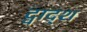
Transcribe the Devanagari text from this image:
द्वाद्श